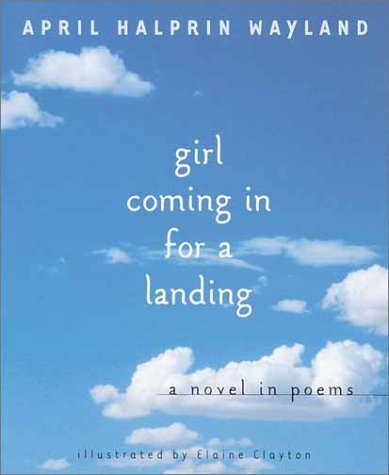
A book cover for Girl Coming in for a Landing; April Halprin Wayland; Teen & Young Adult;